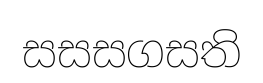
සසසගසති